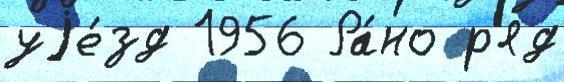
уjе́зд 1956 Ра́но р'яд